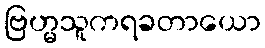
ဗြဟ္မသူကရခတာယော